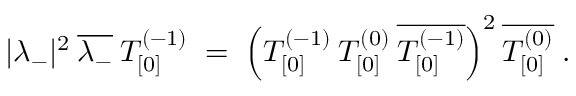
| \lambda _ { - } | ^ { 2 } \: \overline { { { \lambda _ { - } } } } \: T _ { [ 0 ] } ^ { ( - 1 ) } \; = \; \left( T _ { [ 0 ] } ^ { ( - 1 ) } \: T _ { [ 0 ] } ^ { ( 0 ) } \: \overline { { { T _ { [ 0 ] } ^ { ( - 1 ) } } } } \right) ^ { 2 } \overline { { { T _ { [ 0 ] } ^ { ( 0 ) } } } } \; .